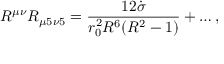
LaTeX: R ^ { \mu \nu } R _ { \mu 5 \nu 5 } = \frac { 1 2 \dot { \sigma } } { r _ { 0 } ^ { 2 } R ^ { 6 } ( R ^ { 2 } - 1 ) } + \ldots ,